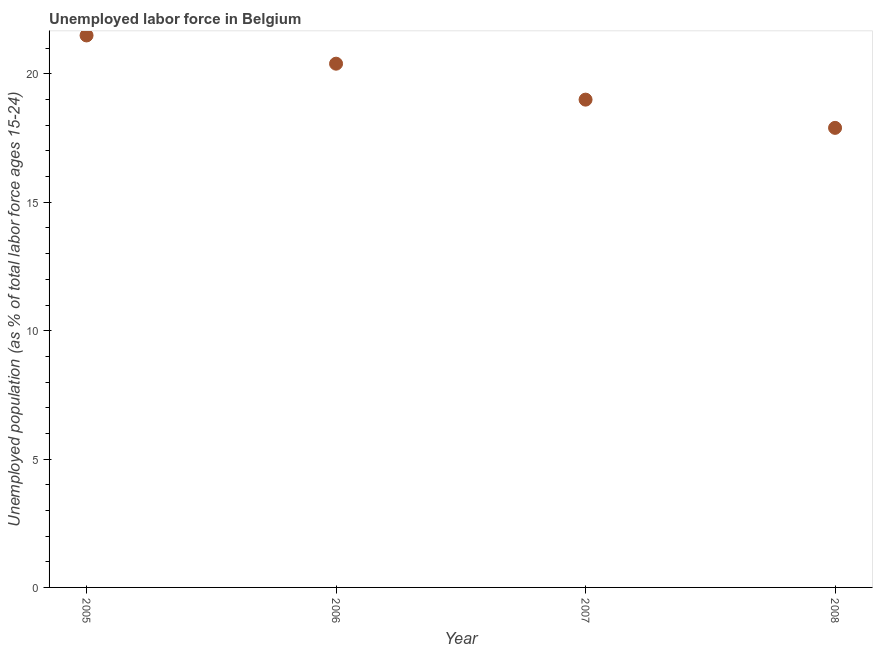
| Year | Unemployment |
 | --- | --- |
 | 2005 | 21.5 |
 | 2006 | 20.4 |
 | 2007 | 19 |
 | 2008 | 17.9 |